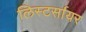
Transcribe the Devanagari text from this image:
लिस्टर्सायर